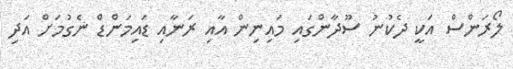
ލޯރަންސް އަކީ ދެކުނު ސޫދާންގައި މައިނިން އާއި ރަނާއި ޑައިމަންޑް ނެގުމަށް އަދި